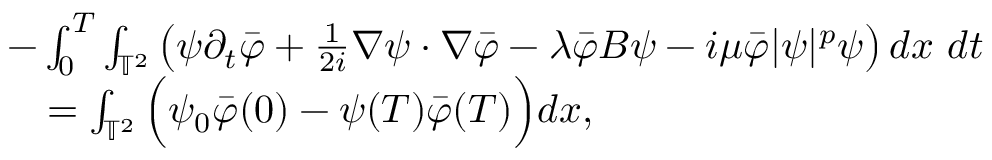
\begin{array} { r l } & { - \int _ { 0 } ^ { T } \int _ { \mathbb { T } ^ { 2 } } \left( \psi \partial _ { t } \Bar { \varphi } + \frac { 1 } { 2 i } \nabla \psi \cdot \nabla \Bar { \varphi } - \lambda \Bar { \varphi } B \psi - i \mu \Bar { \varphi } \lvert \psi \rvert ^ { p } \psi \right) d x \ d t } \\ & { \quad = \int _ { \mathbb { T } ^ { 2 } } \Big ( \psi _ { 0 } \Bar { \varphi } ( 0 ) - \psi ( T ) \Bar { \varphi } ( T ) \Big ) d x , } \end{array}